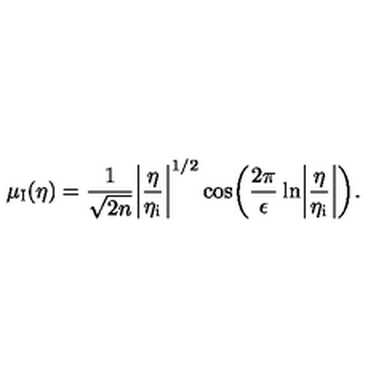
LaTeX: \mu _ { \mathrm { I } } ( \eta ) = \frac { 1 } { \sqrt { 2 n } } \biggl \vert \frac { \eta } { \eta _ { \mathrm { i } } } \biggr \vert ^ { 1 / 2 } \cos \biggl ( \frac { 2 \pi } { \epsilon } \ln \biggl \vert \frac { \eta } { \eta _ { \mathrm { i } } } \biggr \vert \biggr ) .